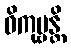
ဝိကုဗ္ဗန္တိ